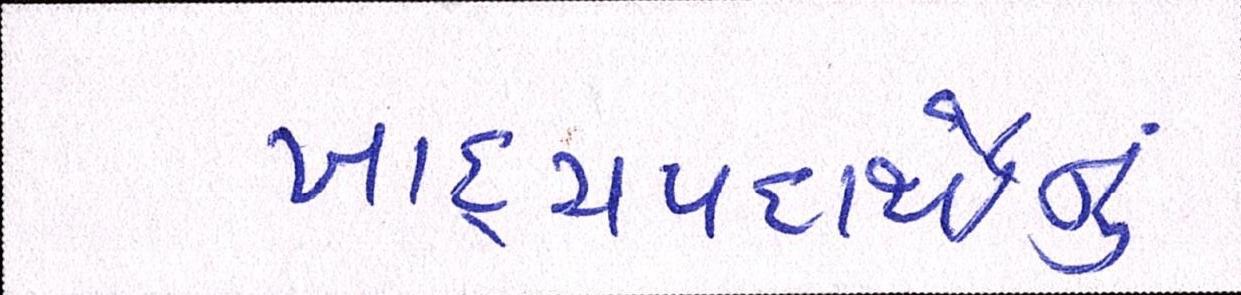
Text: ખાદ્યપદાર્થોનું